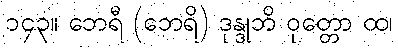
၁၄၃။ ဘေရီ (ဘေရိ) ဒုန္ဒုဘိ ဝုတ္တော ထ၊